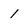
Character: 1